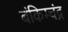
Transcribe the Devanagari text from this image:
बंकिम्चंद्र